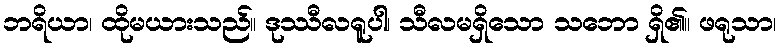
ဘရိယာ၊ ထိုမယားသည်။ ဒုဿီလရူပါ၊ သီလမရှိသော သဘော ရှိ၏။ ဖရုသာ၊